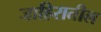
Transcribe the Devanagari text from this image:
जाहिरातील